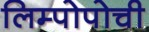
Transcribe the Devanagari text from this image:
लिम्पोपोची